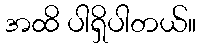
အထိ ပါရှိပါတယ်။